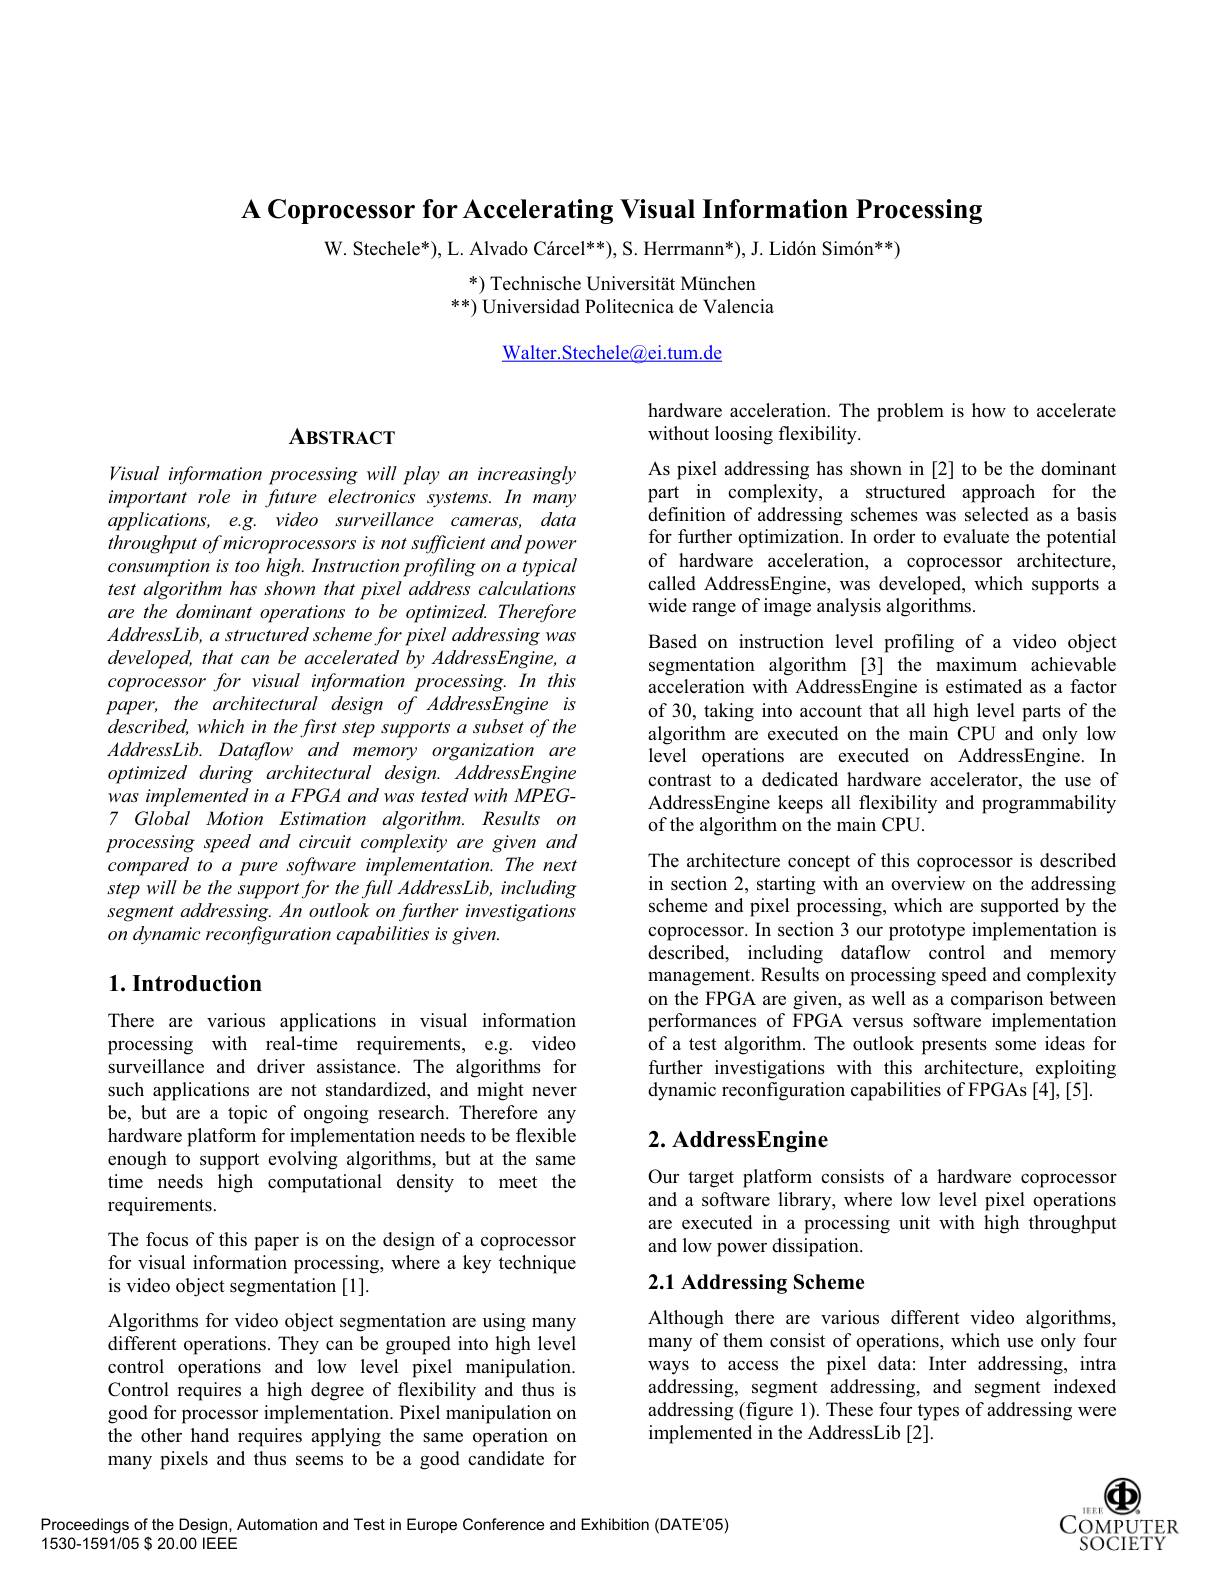
A Coprocessor for Accelerating Visual Information Processing

W. Stechele*), L. Alvado Cárcel**), S. Herrmann*), J. Lidón Simón**)

$^* ) \text{ Technische Universit\"{a} t M\"{u} nchen}$ **) Universidad Politecnica de Valencia

Walter.Stechele$\textcircled{a}$ei.tum.de

hardware acceleration. The problem is how to accelerate
without loosing flexibility.

## $\mathbf{A}\mathbf{BSTRACT}$

Visual information processing will play an increasingly important role in future electronics systems. In many applications, e.g. video surveillance cameras, data throughput of microprocessors is not sufficient and power consumption is too high. Instruction profiling on a typical test algorithm has shown that pixel address calculations are the dominant operations to be optimized. Therefore $AddressLib,a$ structured scheme for pixel addressing was developed, that can be accelerated by AddressEngine, a coprocessor for visual information processing. In this paper, the architectural design of AddressEngine is $described,whichinthefirststepsupportsasubsetofthe$ $AddressLib. Dataflow$ and memory organization are optimized during architectural design. AddressEngine was implemented in a FPGA and was tested with MPEG- 7 Global Motion Estimation algorithm. Results on processing speed and circuit complexity are given and compared to a pure software implementation. The next step will be the support for the fuill AddressLib, including segment addressing. An outlook on further investigations on dynamic reconfiguration capabilities is given.

As pixel addressing has shown in [2] to be the dominant part in complexity, a structured approach for the definition of addressing schemes was selected as a basis for further optimization. In order to evaluate the potential of hardware acceleration, a coprocessor architecture, called AddressEngine, was developed, which supports a wide range of image analysis algorithms.
Based on instruction level profiling of a video object segmentation algorithm [3] the maximum achievable acceleration with AddressEngine is estimated as a factor of 30, taking into account that all high level parts of the algorithm are executed on the main CPU and only low level operations are executed on AddressEngine. In contrast to a dedicated hardware accelerator, the use of AddressEngine keeps all flexibility and programmability of the algorithm on the main CPU.
The architecture concept of this coprocessor is described in section 2, starting with an overview on the addressing scheme and pixel processing, which are supported by the coprocessor. In section 3 our prototype implementation is described, including dataflow control and memory management. Results on processing speed and complexity on the FPGA are given, as well as a comparison between performances of FPGA versus software implementation of a test algorithm. The outlook presents some ideas for further investigations with this architecture, exploiting dynamic reconfiguration capabilities of FPGAs [4],[5].

## 1. Introduction

# 2. AddressEngine

Our target platform consists of a hardware coprocessor and a software library, where low level pixel operations are executed in a processing unit with high throughput and low power dissipation.

There are various applications in visual information processing with real-time requirements, e.g. video surveillance and driver assistance. The algorithms for such applications are not standardized, and might never be, but are a topic of ongoing research. Therefore any hardware platform for implementation needs to be flexible enough to support evolving algorithms, but at the same time needs high computational density to meet the requirements.
The focus of this paper is on the design of a coprocessor for visual information processing, where a key technique is video object segmentation [1].
Algorithms for video object segmentation are using many different operations. They can be grouped into high level control operations and low level pixel manipulation. Control requires a high degree of flexibility and thus is good for processor implementation. Pixel manipulation on the other hand requires applying the same operation on many pixels and thus seems to be a good candidate for

## 2.1 Addressing Scheme

Although there are various different video algorithms, many of them consist of operations, which use only four ways to access the pixel data: Inter addressing, intra addressing, segment addressing, and segment indexed addressing (figure 1). These four types of addressing were implemented in the AddressLib [2].

$\textcircled{1}$
COMPUTER $\bar{\mathrm{SOCIETY}}$

Proceedings of the Design, Automation and Test in Europe Conference and Exhibition (DATE'05)
$1530-1591/05\$20.00$ IEEE